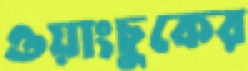
ওয়াংচুকের